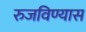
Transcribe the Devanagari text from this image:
रुजविण्यास